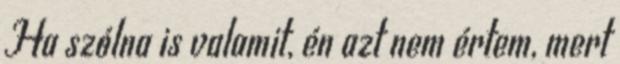
Ha szólna is valamit, én azt nem értem, mert